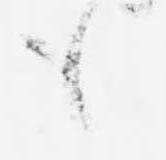
も